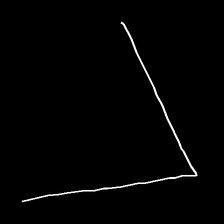
Glyph: region